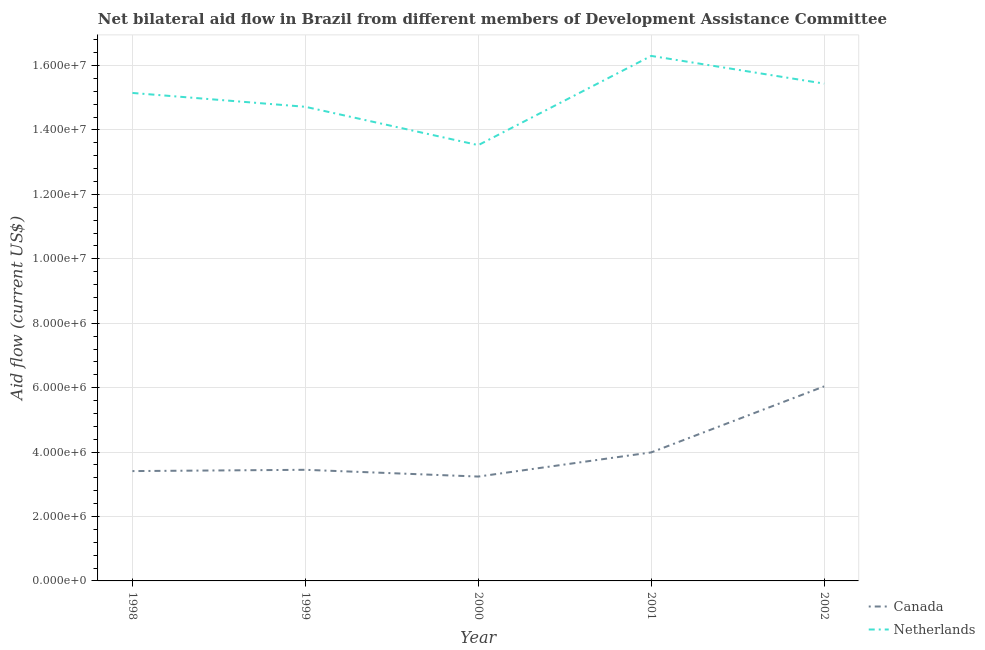
| Year | Canada | Netherlands |
 | --- | --- | --- |
 | 1998 | 3.41e+06 | 1.52e+07 |
 | 1999 | 3.45e+06 | 1.47e+07 |
 | 2000 | 3.24e+06 | 1.35e+07 |
 | 2001 | 3.99e+06 | 1.63e+07 |
 | 2002 | 6.04e+06 | 1.54e+07 |